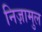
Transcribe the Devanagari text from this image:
निज़ामुल